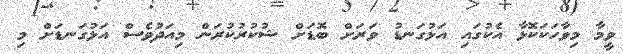
ވީމާ މިވާހަކަކޮޅާ އެކުގައި އަޅުގަނޑު ވަރަށް ބޮޑަށް ޝުކުރުކުރަން މިއަދުވެސް އަޅުގަނޑަށް މި